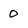
Character: 0